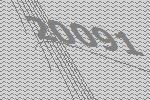
20091